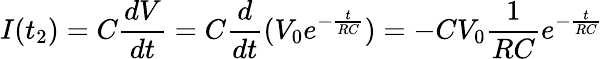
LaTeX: I(t_{2})=C\frac{dV}{dt}=C\frac{d}{dt}(V_{0}e^{-\frac{t}{RC}})=-CV_{0}\frac{1}{RC}e^{-\frac{t}{RC}}